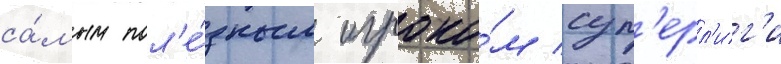
са́мым пол'е́зным игроко́м суп'ерл'иг'и